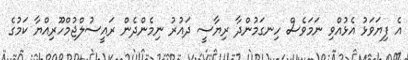
އެ ފިޔަވަޅު އެޅުއްވި ނަމަވެސް ހިނގަމުންދާ ރިޔާސީ ދައުރު ނިމެންދެން ރައީސުލްޖުމްހޫރިއްޔާ ކަމުގެ